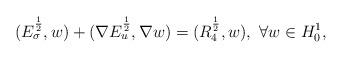
LaTeX: \begin{align*}(E_\sigma^{\frac12},w)+(\nabla E_u^{\frac12},\nabla w)=(R_4^{\frac12},w),~\forall w\in H_0^1,\end{align*}